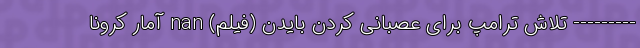
--------- تلاش ترامپ برای عصبانی کردن بایدن (فیلم) nan آمار کرونا